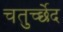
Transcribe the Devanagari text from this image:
चतुर्च्छेद